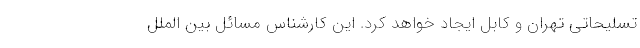
تسلیحاتی تهران و کابل ایجاد خواهد کرد. این کارشناس مسائل بین الملل